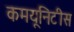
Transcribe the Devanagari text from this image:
कमयूनिटीस